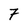
Character: 7